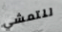
للتمشي